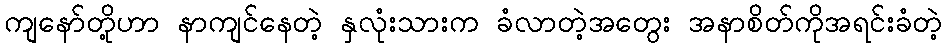
ကျနော်တို့ဟာ နာကျင်နေတဲ့ နှလုံးသားက ခံလာတဲ့အတွေး အနာစိတ်ကိုအရင်းခံတဲ့